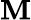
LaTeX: \textbf{M}